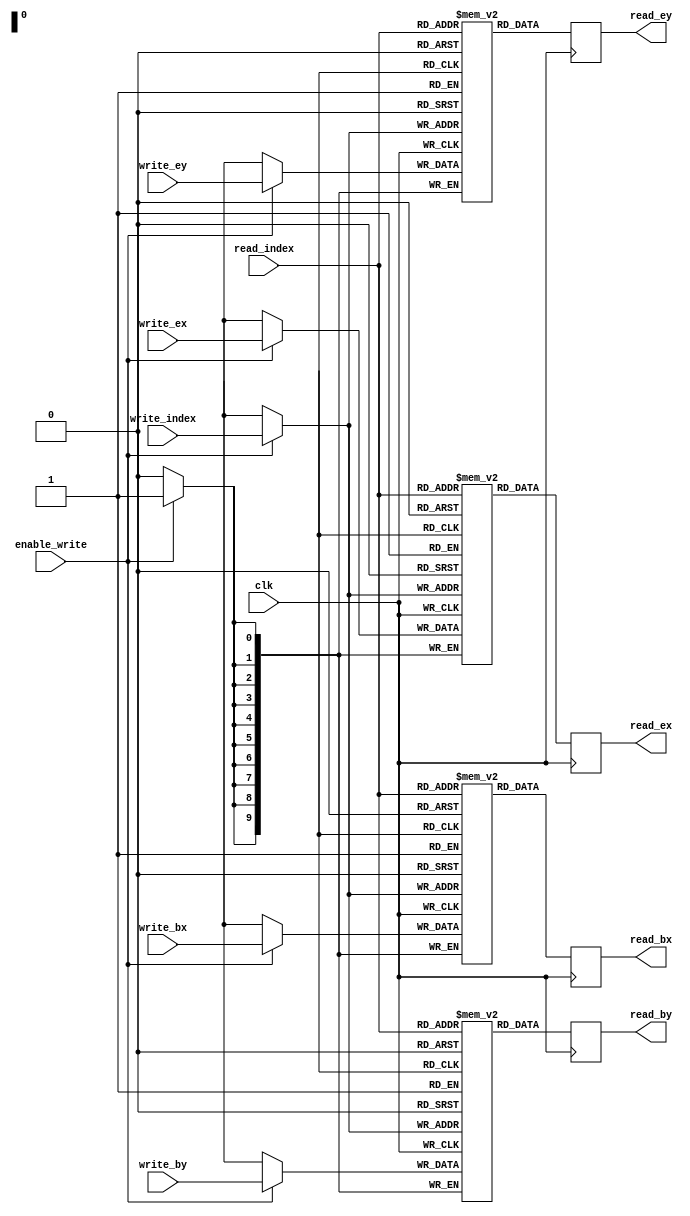
module EdgeBuffer #(
    parameter integer count = 1024
) (
    input clk,

    input [9:0] read_index,
    output [9:0] read_bx,
    output [9:0] read_by,
    output [9:0] read_ex,
    output [9:0] read_ey,

    input enable_write,
    input [9:0] write_index,
    input [9:0] write_bx,
    input [9:0] write_by,
    input [9:0] write_ex,
    input [9:0] write_ey
);
    reg [9:0] bx [0:count - 1];
    reg [9:0] by [0:count - 1];
    reg [9:0] ex [0:count - 1];
    reg [9:0] ey [0:count - 1];

    always @(posedge clk)
    begin
        read_bx <= bx[read_index];
        read_by <= by[read_index];
        read_ex <= ex[read_index];
        read_ey <= ey[read_index];

        if (enable_write)
        begin
            bx[write_index] <= write_bx;
            by[write_index] <= write_by;
            ex[write_index] <= write_ex;
            ey[write_index] <= write_ey;
        end
    end
endmodule